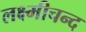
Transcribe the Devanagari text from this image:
लक्ष्मीचन्द